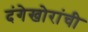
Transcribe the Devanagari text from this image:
दंगेखोरांची